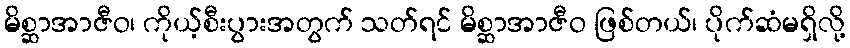
မိစ္ဆာအာဇီဝ၊ ကိုယ့်စီးပွားအတွက် သတ်ရင် မိစ္ဆာအာဇီဝ ဖြစ်တယ်၊ ပိုက်ဆံမရှိလို့